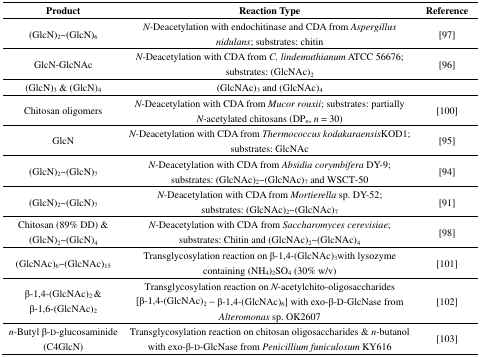
<table><thead><tr><td><b>Product</b></td><td><b>Reaction Type</b></td><td><b>Reference</b></td></tr></thead><tbody><tr><td>(GlcN)<sub>2</sub>~(GlcN)<sub>6</sub></td><td><i>N-</i>Deacetylation with endochitinase and CDA from <i>Aspergillus nidulans</i>; substrates: chitin</td><td>[97]</td></tr><tr><td>GlcN-GlcNAc</td><td><i>N-</i>Deacetylation with CDA from <i>C. lindemuthianum</i> ATCC 56676; substrates: (GlcNAc)<sub>2</sub></td><td>[96]</td></tr><tr><td>(GlcN)<sub>3</sub> &amp; (GlcN)<sub>4</sub></td><td>(GlcNAc)<sub>3</sub> and (GlcNAc)<sub>4</sub></td><td></td></tr><tr><td>Chitosan oligomers</td><td><i>N-</i>Deacetylation with CDA from <i>Mucor rouxii</i>; substrates: partially <i>N</i>-acetylated chitosans (DP<i><sub>n</sub></i>, <i>n</i> = 30)</td><td>[100]</td></tr><tr><td>GlcN</td><td><i>N-</i>Deacetylation with CDA from <i>Thermococcus kodakaraensis</i>KOD1; substrates: GlcNAc</td><td>[95]</td></tr><tr><td>(GlcN)<sub>2</sub>~(GlcN)<sub>7</sub></td><td><i>N-</i>Deacetylation with CDA from <i>Absidia corymbifera</i> DY-9; substrates: (GlcNAc)<sub>2</sub>~(GlcNAc)<sub>7</sub> and WSCT-50</td><td>[94]</td></tr><tr><td>(GlcN)<sub>2</sub>~(GlcN)<sub>7</sub></td><td><i>N-</i>Deacetylation with CDA from <i>Mortierella</i> sp. DY-52; substrates: (GlcNAc)<sub>2</sub>~(GlcNAc)<sub>7</sub></td><td>[91]</td></tr><tr><td>Chitosan (89% DD) &amp; (GlcN)<sub>2</sub>~(GlcN)<sub>4</sub></td><td><i>N-</i>Deacetylation with CDA from <i>Saccharomyces cerevisiae</i>; substrates: Chitin and (GlcNAc)<sub>2</sub>~(GlcNAc)<sub>4</sub></td><td>[98]</td></tr><tr><td>(GlcNAc)<sub>6</sub>~(GlcNAc)<sub>15</sub></td><td>Transglycosylation reaction on β-1,4-(GlcNAc)<sub>3</sub>with lysozyme containing (NH<sub>4</sub>)<sub>2</sub>SO<sub>4</sub> (30% w/v)</td><td>[101]</td></tr><tr><td>β-1,4-(GlcNAc)<sub>2</sub> &amp; β-1,6-(GlcNAc)<sub>2</sub></td><td>Transglycosylation reaction on<i>N</i>-acetylchito-oligosaccharides [β-1,4-(GlcNAc)<sub>2</sub> ~ β-1,4-(GlcNAc)<sub>6</sub>] with exo-β-d-GlcNase from <i>Alteromonas</i> sp. OK2607</td><td>[102]</td></tr><tr><td><i>n</i>-Butyl β-d-glucosaminide (C4GlcN)</td><td>Transglycosylation reaction on chitosan oligosaccharides &amp; <i>n</i>-butanol with exo-β-d-GlcNase from <i>Penicillium funiculosum</i> KY616</td><td>[103]</td></tr></tbody></table>